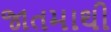
જાતમાથી